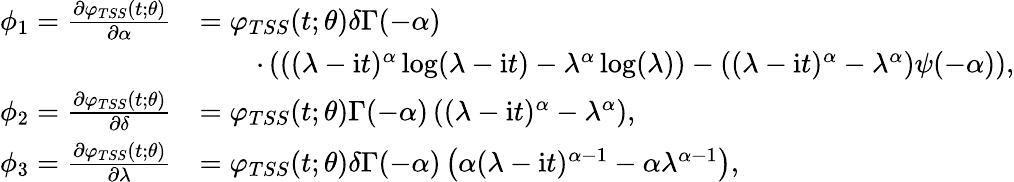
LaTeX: \begin{array}{rl}{\phi_{1}=\frac{\partial\varphi_{TSS}(t;\theta)}{\partial\alpha}}&{=\varphi_{TSS}(t;\theta)\delta\Gamma(-\alpha)}\\ &{\qquad\cdot\left(\left((\lambda-\mathrm{i}t)^{\alpha}\log(\lambda-\mathrm{i}t)-\lambda^{\alpha}\log(\lambda)\right)-\left((\lambda-\mathrm{i}t)^{\alpha}-\lambda^{\alpha}\right)\psi(-\alpha)\right),}\\ {\phi_{2}=\frac{\partial\varphi_{TSS}(t;\theta)}{\partial\delta}}&{=\varphi_{TSS}(t;\theta)\Gamma(-\alpha)\left((\lambda-\mathrm{i}t)^{\alpha}-\lambda^{\alpha}\right),}\\ {\phi_{3}=\frac{\partial\varphi_{TSS}(t;\theta)}{\partial\lambda}}&{=\varphi_{TSS}(t;\theta)\delta\Gamma(-\alpha)\left(\alpha(\lambda-\mathrm{i}t)^{\alpha-1}-\alpha\lambda^{\alpha-1}\right),}\end{array}